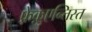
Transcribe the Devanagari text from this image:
फ़्रेक़ुएन्तिस्त